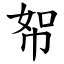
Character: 帤